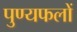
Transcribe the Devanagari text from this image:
पुण्यफलों